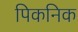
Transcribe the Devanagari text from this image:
पिकनिक